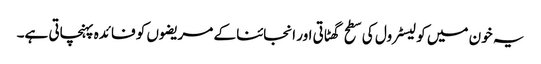
یہ خون میں کولیسٹرول کی سطح گھٹاتی اور انجائنا کے مریضوں کو فائدہ پہنچاتی ہے۔